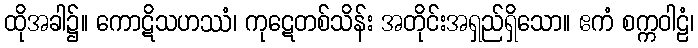
ထိုအခါ၌။ ကောဋိသဟဿံ၊ ကုဋေတစ်သိန်း အတိုင်းအရှည်ရှိသော။ ဧကံ စက္ကဝါဠံ၊